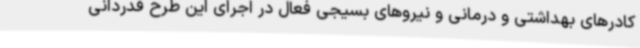
کادرهای بهداشتی و درمانی و نیروهای بسیجی فعال در اجرای این طرح قدردانی